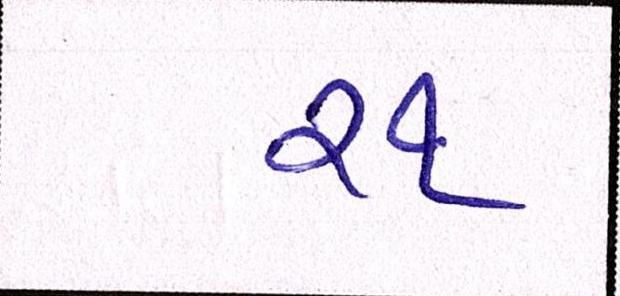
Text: ૨૧